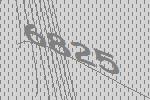
6825